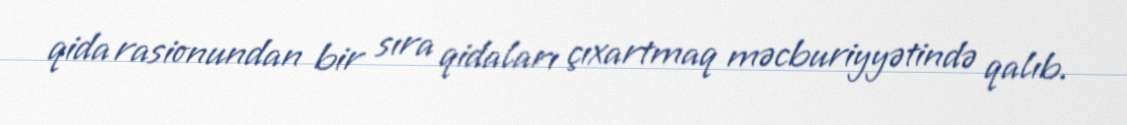
qida rasionundan bir sıra qidaları çıxartmaq məcburiyyətində qalıb.